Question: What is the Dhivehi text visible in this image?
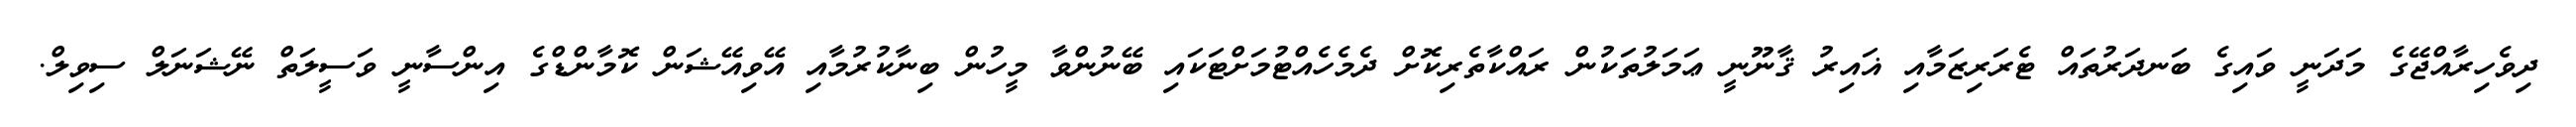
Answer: ދިވެހިރާއްޖޭގެ މަދަނީ ވައިގެ ބަނދަރުތައް ޓެރަރިޒަމާއި ޣައިރު ޤާނޫނީ ޢަމަލުތަކުން ރައްކާތެރިކޮށް ދެމެހެއްޓުމަށްޓަކައި ބޭނުންވާ މީހުން ބިނާކުރުމާއި އޭވިއޭޝަން ކޮމާންޑްގެ އިންސާނީ ވަސީލަތް ނޭޝަނަލް ސިވިލް.